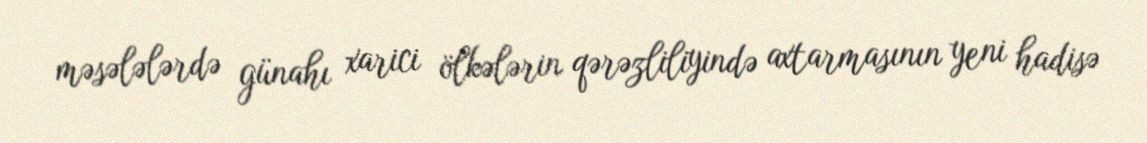
məsələlərdə günahı xarici ölkələrin qərəzliliyində axtarmasının yeni hadisə